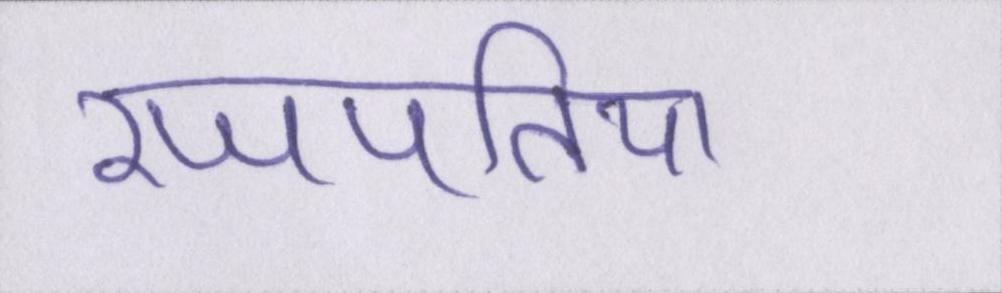
रजपतिया